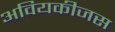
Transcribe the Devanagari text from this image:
अवियकीजस